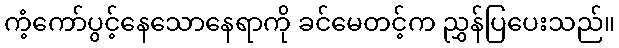
ကံ့ကော်ပွင့်နေသောနေရာကို ခင်မေတင့်က ညွှန်ပြပေးသည်။